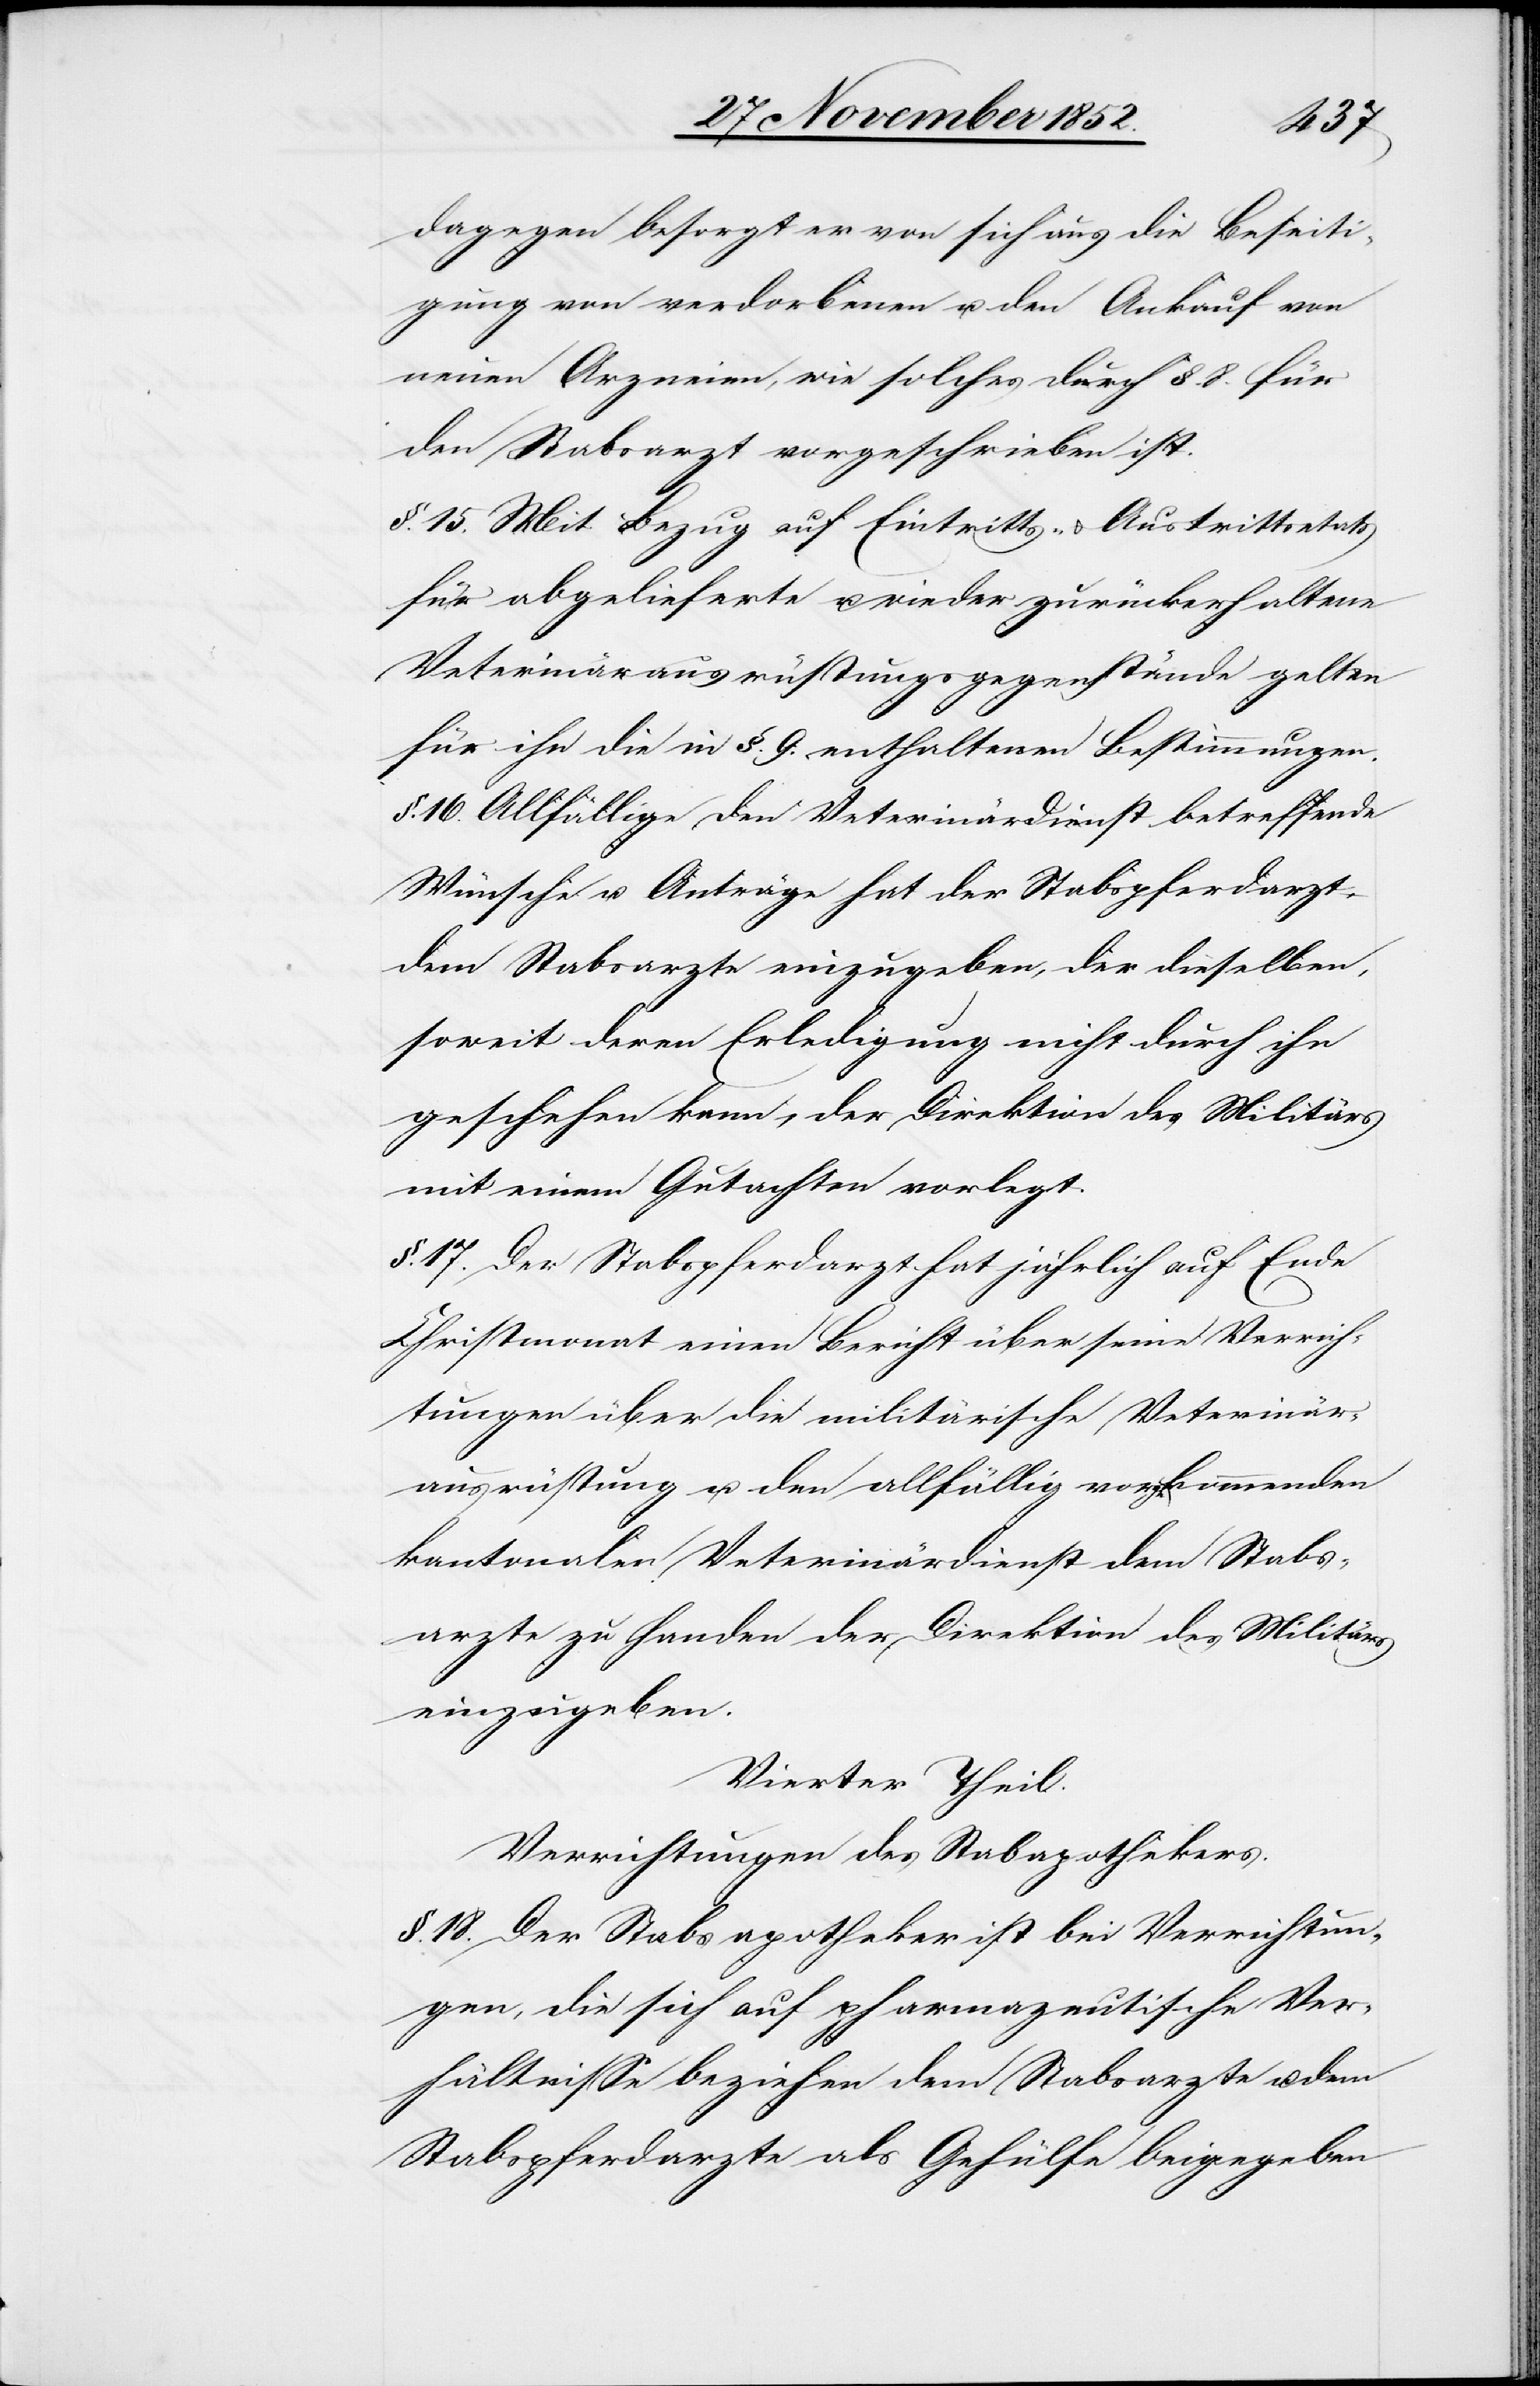
dagegen besorgt er von sich aus die Beseiti¬
gung von verdorbenen u. den Ankauf von
neuen Arzneien, wie solches durch §. 8. für
den Stabsarzt vorgeschrieben ist.
§. 15. Mit Bezug auf Eintritts- & Austrittsetats
für abgelieferte u. wieder zurückerhaltene
Veterinärausrüstungsgegenstände gelten
für ihn die in §. 9. enthaltenen Bestimmungen.
§. 16. Allfällige den Veterinärdienst betreffende
Wünsche u. Anträge hat der Stabspferdarzt
dem Stabsarzte einzugeben, der dieselben,
soweit deren Erledigung nicht durch ihn
geschehen kann, der Direktion des Militärs
mit einem Gutachten vorlegt.
§. 17. Der Stabspferdarzt hat jährlich auf Ende
Christmonat einen Bericht über seine Verrich¬
tungen[,] über die militärische Veterinär¬
ausrüstung u. den allfällig vorgekommenden
kantonalen Veterinärdienst dem Stabs¬
arzte zu Handen der Direktion des Militärs
einzugeben.
Vierter Theil.
Verrichtungen des Stabapothekers.
§. 18. Der Stabsapotheker ist bei Verrichtun¬
gen, die sich auf pharmazeutische Ver¬
hältnisse beziehen dem Stabsarzte u. dem
Stabspferdarzte als Gehülfe beigegeben